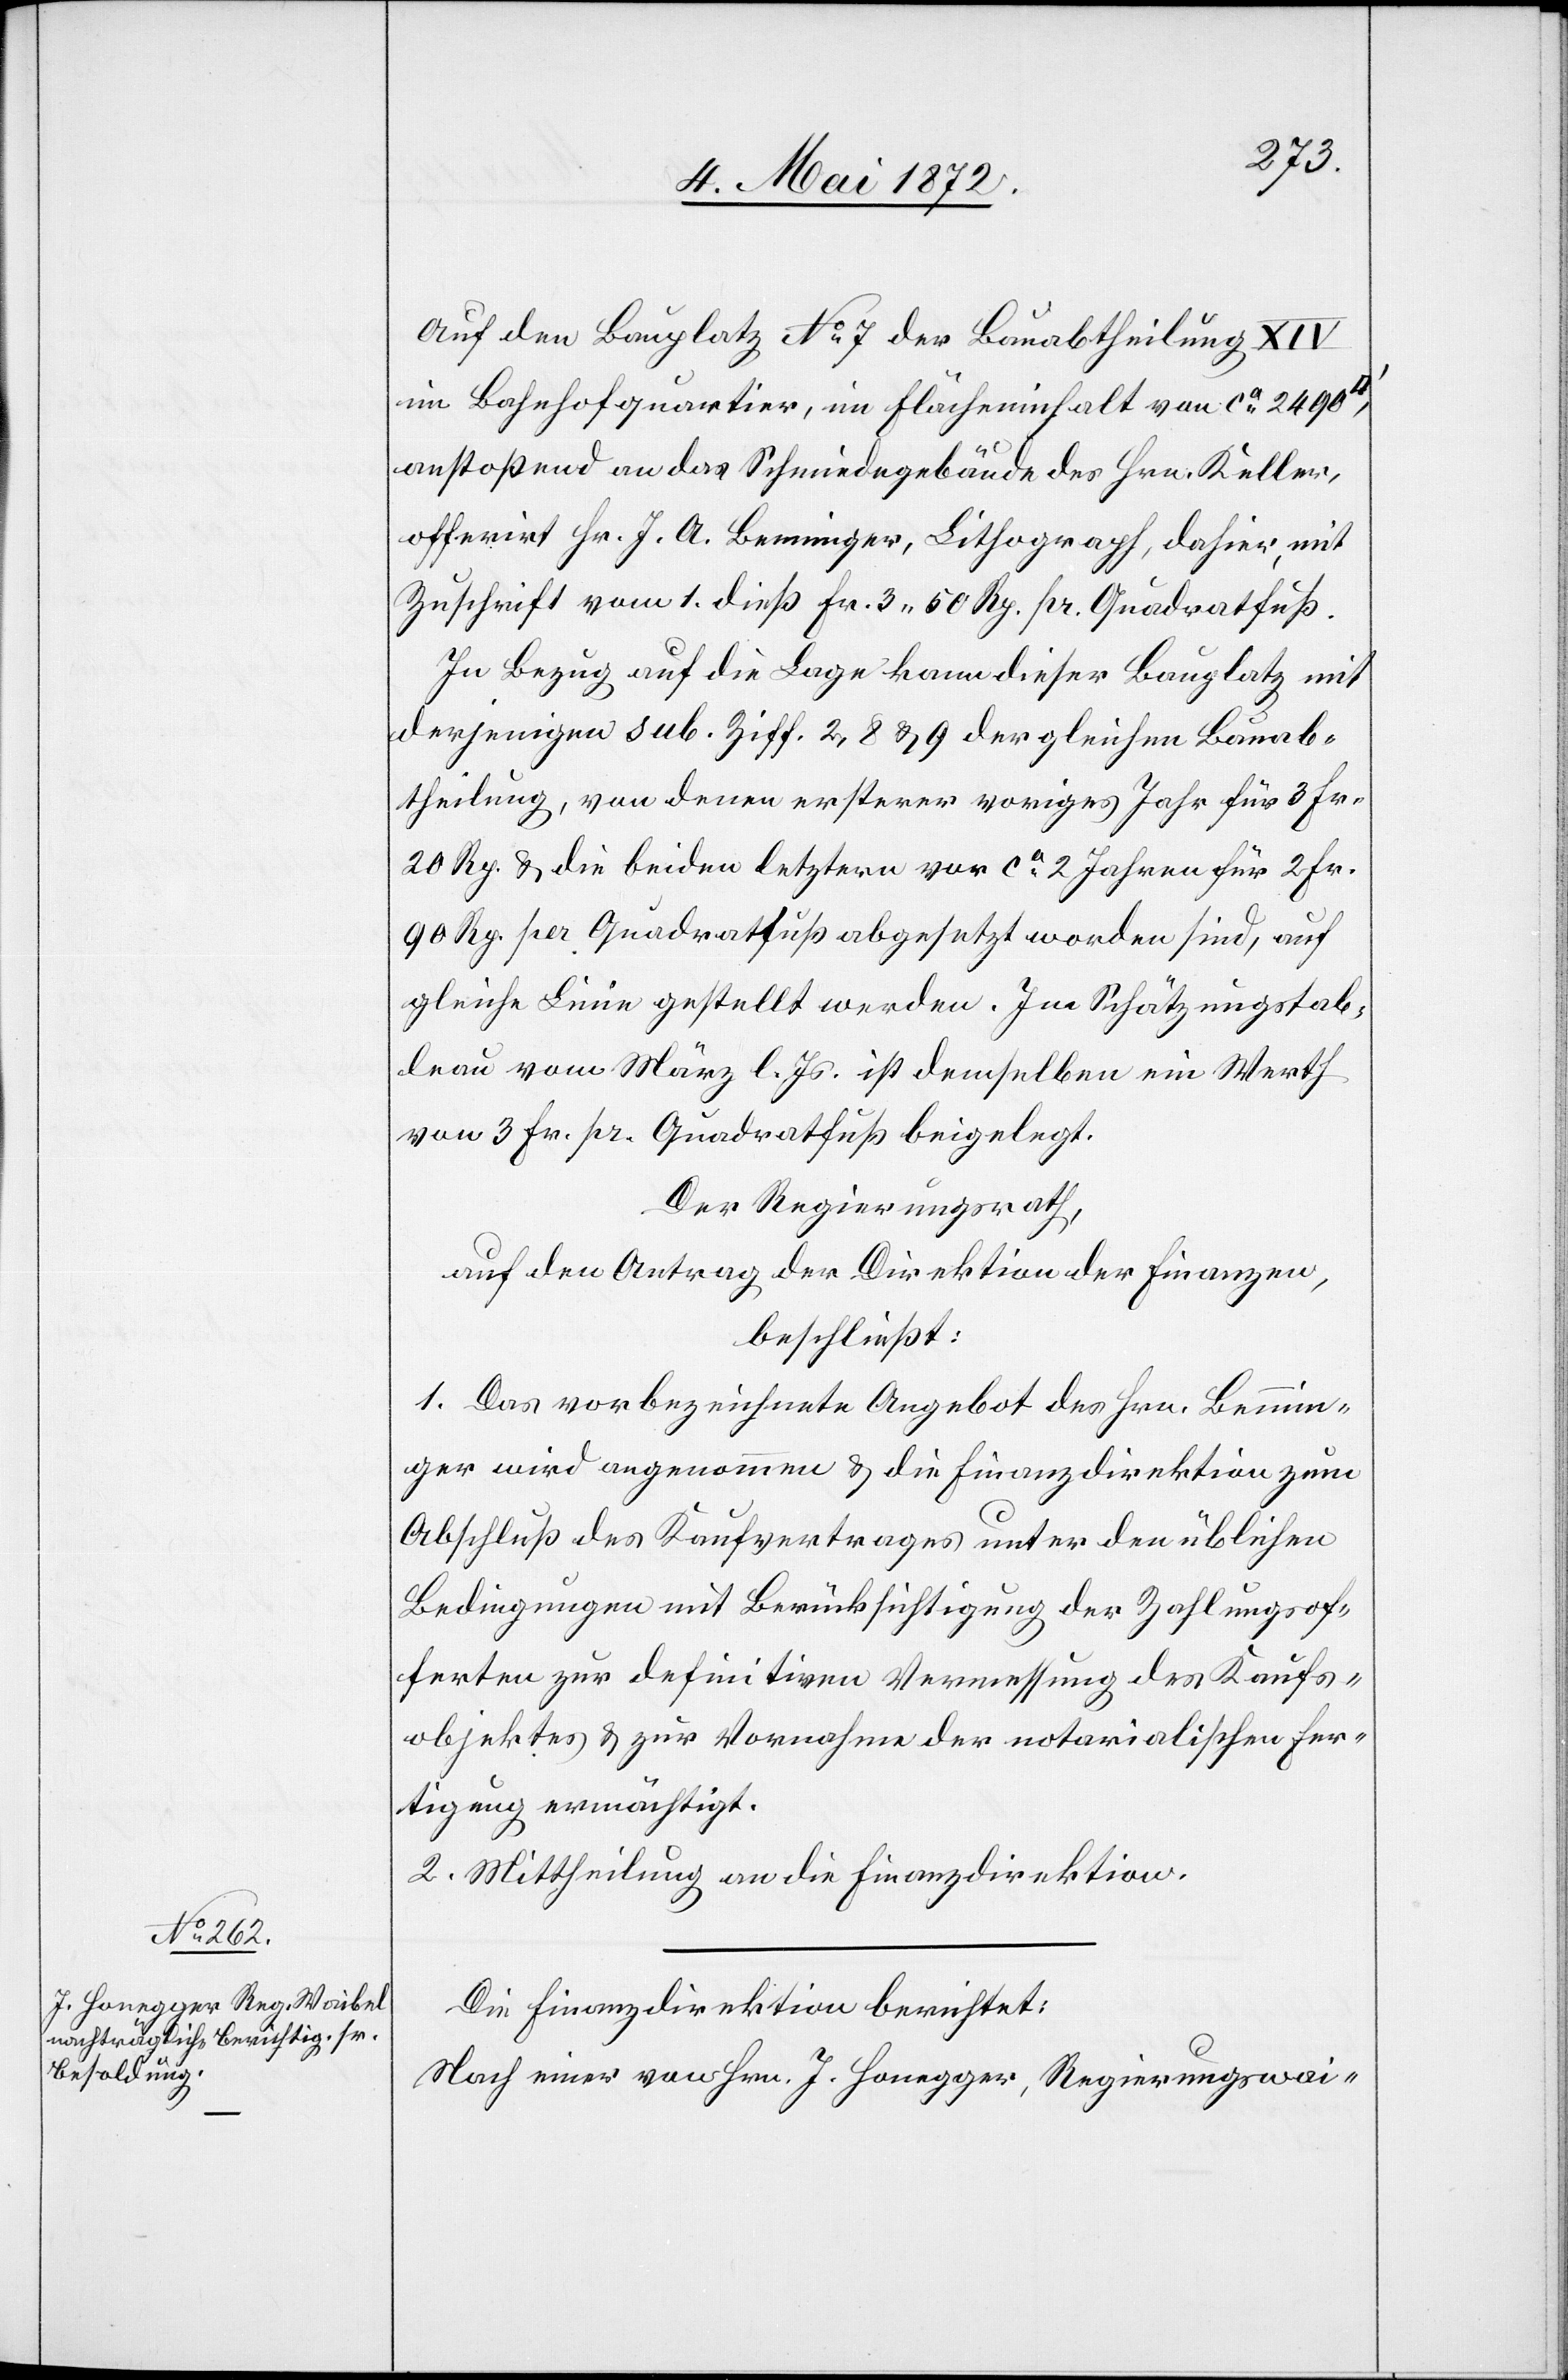
[si¬
Auf den Bauplatz No 7 der Bauabtheilung XIV
im Bahnhofquartier, im Flächeninhalt von ca 2490
anstoßend an das Schmiedegebäude des Hrn. Keller,
offerirt Hr. J. A. Bemmiger, Lithograph, dahier, mit
Zuschrift vom 1. dieß Fr. 3 50 Rp. pr. Quadratfuß.
In Bezug auf die Lage kann dieser Bauplatz mit
derjenigen sub. Ziff. 2, 8 u. 9 der gleichen Bauab¬
theilung, von denen ersterer voriges Jahr für 3 Fr.
20 Rp. u. die beiden letztern vor ca 2 Jahren für 2 Fr.
90 Rp. per Quadratfuß abgesetzt worden sind, auf
gleiche Linie gestellt werden. Im Schätzungstab¬
leau vom März l. Js. ist demselben ein Werth
von 3 Fr. pr. Quadratfuß beigelegt.
Der Regierungsrath,
auf den Antrag der Direktion der Finanzen,
beschließt:
1. Das vorbezeichnete Angebot des Hrn. Bemm¬
c!] wird angenommen u. die Finanzdirektion zum
Abschluß des Kaufvertrages unter den üblichen
Bedingungen mit Berücksichtigung des Zahlungsof¬
ferten zur definitiven Vermessung des Kaufs¬
objektes u. zur Vornahme der notarialischen Fer¬
tigung ermächtigt.
2. Mittheilung an die Finanzdirektion.
Die Finanzdirektion berichtet:
Nach einer von Hrn. J. Honegger, Regierungswai-